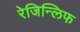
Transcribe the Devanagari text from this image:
रेजिन्लिफ